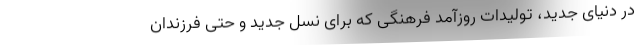
در دنیای جدید، تولیدات روزآمد فرهنگی که برای نسل جدید و حتی فرزندان